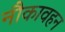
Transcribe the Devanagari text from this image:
नौकावहन